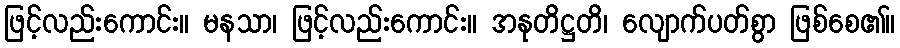
ဖြင့်လည်းကောင်း။ မနသာ၊ ဖြင့်လည်းကောင်း။ အနုတိဋ္ဌတိ၊ လျောက်ပတ်စွာ ဖြစ်စေ၏။